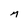
Character: M